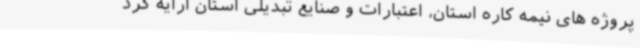
پروژه های نیمه کاره استان، اعتبارات و صنایع تبدیلی استان ارایه کرد